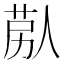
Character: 𦯴